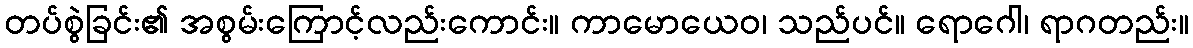
တပ်စွဲခြင်း၏ အစွမ်းကြောင့်လည်းကောင်း။ ကာမောယေဝ၊ သည်ပင်။ ရောဂေါ၊ ရာဂတည်း။